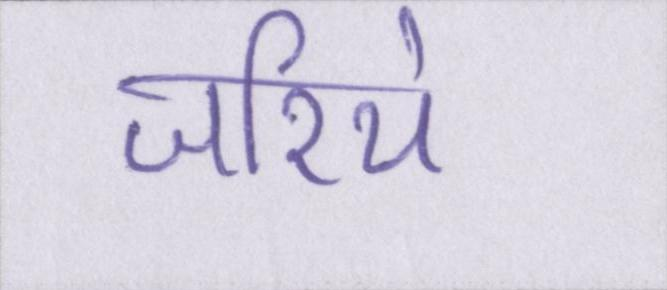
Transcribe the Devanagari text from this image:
जरिये